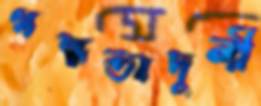
গন্ধভাদুলী